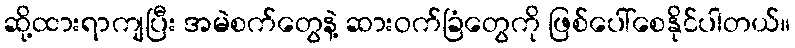
ဆို့ထားရာကျပြီး အမဲစက်တွေနဲ့ ဆားဝက်ခြံတွေကို ဖြစ်ပေါ်စေနိုင်ပါတယ်။